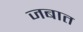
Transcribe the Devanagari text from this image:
जबात